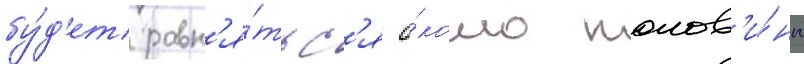
бу́д'ет равн'я́тьс'я о́коло полов'и́ны